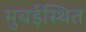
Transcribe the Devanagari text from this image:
मुबईस्थित